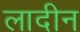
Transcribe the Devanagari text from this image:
लादीन